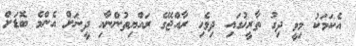
އެކަމަކު މިވީ ދިގު ތާރީޚުގައި ދިވެހި ރާއްޖޭގެ ރައްޔިތުންނާއި ދީނަށް އެންމެ ބޮޑަށް